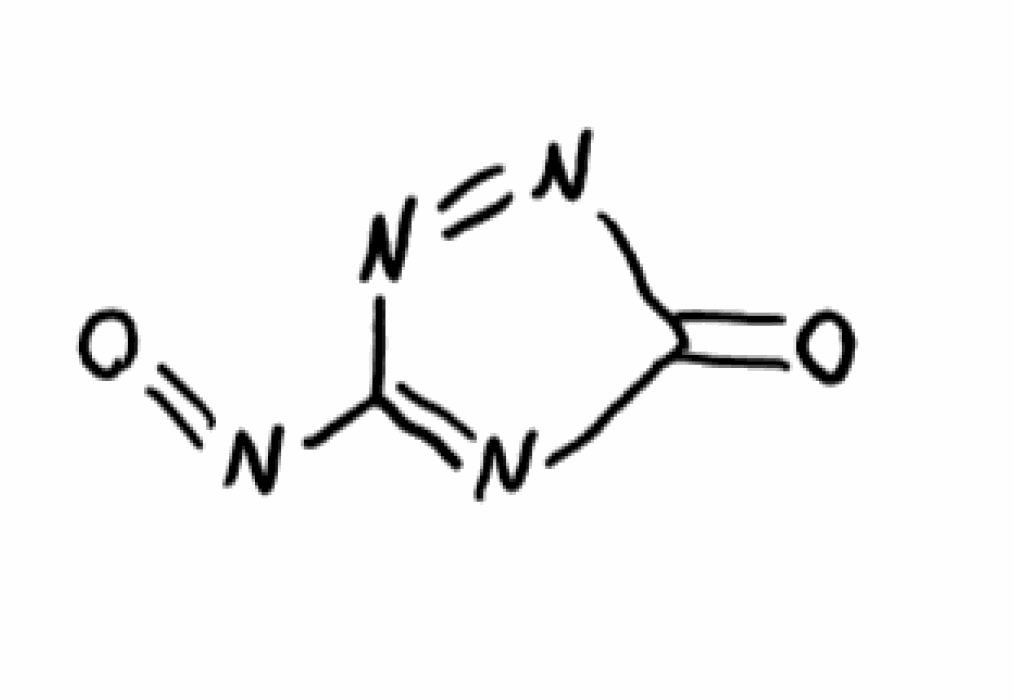
Simplified molecular-input line-entry system (SMILES) notation of the given molecule:
C1(=NC(=O)N=N1)N=O